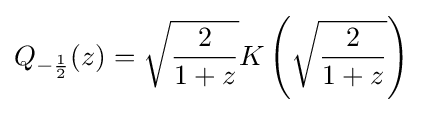
Q_{-{\frac {1}{2}}}(z)={\sqrt {\frac {2}{1+z}}}K\left({\sqrt {\frac {2}{1+z}}}\right)